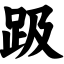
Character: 趿